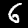
Label: 6